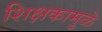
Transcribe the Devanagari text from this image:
शिक्षकामुळे